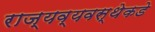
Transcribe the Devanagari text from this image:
राज्यव्यवस्थेकडे